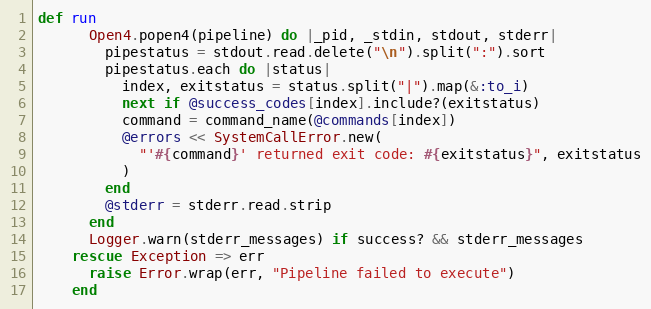
Language: Ruby
def run
      Open4.popen4(pipeline) do |_pid, _stdin, stdout, stderr|
        pipestatus = stdout.read.delete("\n").split(":").sort
        pipestatus.each do |status|
          index, exitstatus = status.split("|").map(&:to_i)
          next if @success_codes[index].include?(exitstatus)
          command = command_name(@commands[index])
          @errors << SystemCallError.new(
            "'#{command}' returned exit code: #{exitstatus}", exitstatus
          )
        end
        @stderr = stderr.read.strip
      end
      Logger.warn(stderr_messages) if success? && stderr_messages
    rescue Exception => err
      raise Error.wrap(err, "Pipeline failed to execute")
    end